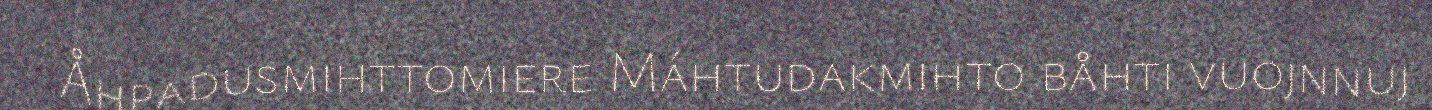
Åhpadusmihttomiere Máhtudakmihto båhti vuojnnuj